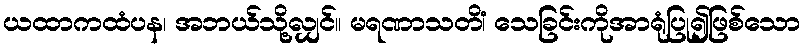
ယထာကထံပန၊ အဘယ်သို့လျှင်။ မရဏာသတိံ၊ သေခြင်းကိုအာရုံပြု၍ဖြစ်သော